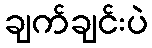
ချက်ချင်းပဲ